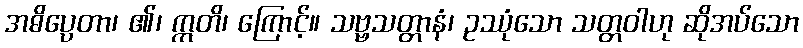
အဓိပ္ပေတာ၊ ၏၊ ဣတိ၊ ကြောင့်။ သဗ္ဗသတ္တာနံ၊ ဥဿုံသော သတ္တဝါဟု ဆိုအပ်သော